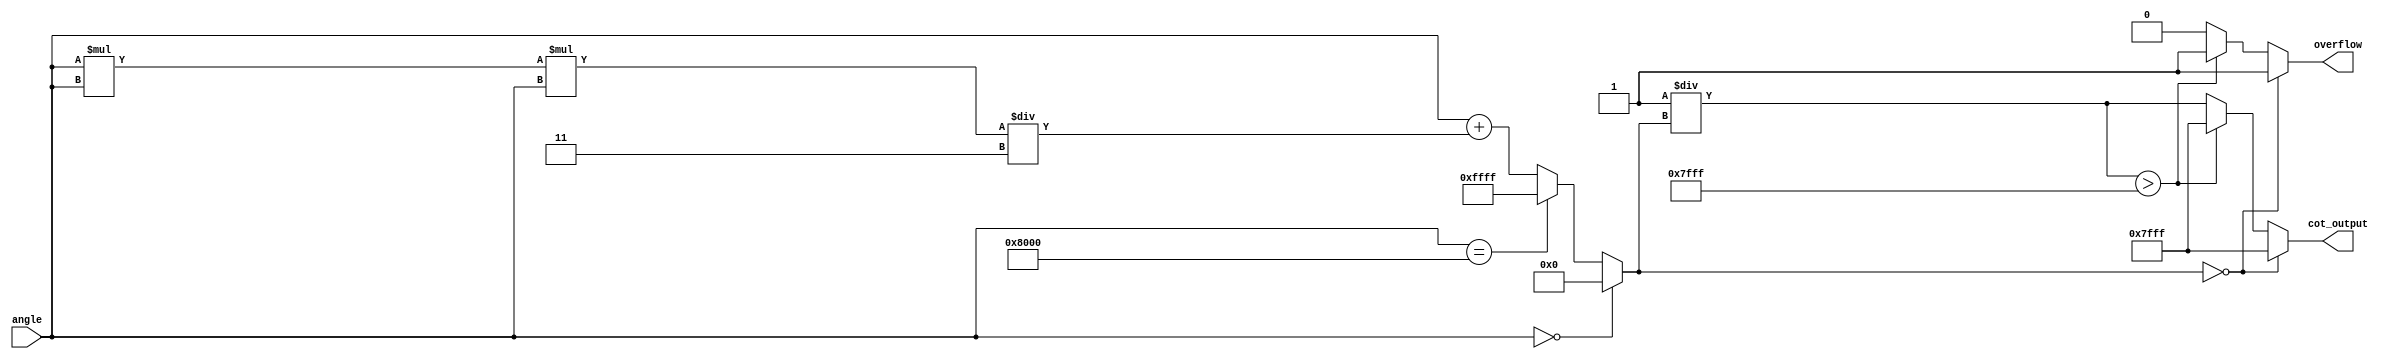
module cotangent (
    input  wire [15:0] angle,      // Input angle in radians (fixed-point)
    output reg  [15:0] cot_output,  // Output cotangent value (fixed-point)
    output reg  overflow             // Overflow flag
);

    // Internal signals
    wire [15:0] tan_value;           // Tangent value
    reg  [15:0] reciprocal;           // Reciprocal of tangent
    reg  [15:0] tan_approx;          // Tangent approximation

    // Constants
    parameter MAX_COT_VALUE = 16'h7FFF; // Maximum value for cotangent output

    // Tangent approximation using Taylor series expansion
    // tan(x)  x + x^3/3 + x^5/5 + ... (for small x)
    // Note: This is a simplified version and may not be very accurate for larger angles.
    always @(*) begin
        if (angle == 0) begin
            tan_approx = 0; // tan(0) = 0
        end else if (angle[15:0] == 16'h8000) begin
            tan_approx = 16'hFFFF; // Handle angle = -/2
        end else begin
            // Simple approximation for small angles
            tan_approx = angle; // First term: tan(x)  x
            tan_approx = tan_approx + (angle * angle * angle) / 16'h0003; // Second term: x^3/3
            // Further terms can be added for more accuracy
        end
    end

    // Compute the reciprocal of the tangent
    always @(*) begin
        if (tan_approx == 0) begin
            cot_output = MAX_COT_VALUE; // Handle tan(x) = 0 (cot(x) = )
            overflow = 1; // Set overflow flag
        end else begin
            reciprocal = 16'h0001 / tan_approx; // Compute reciprocal
            if (reciprocal > MAX_COT_VALUE) begin
                cot_output = MAX_COT_VALUE; // Saturate output
                overflow = 1; // Set overflow flag
            end else begin
                cot_output = reciprocal; // Normal case
                overflow = 0; // No overflow
            end
        end
    end

endmodule